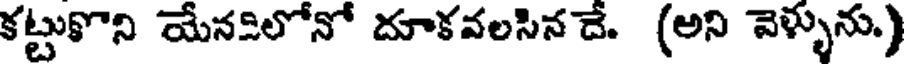
కట్టుకొని యేనకిలోనో దూకవలసిన దే. (అని వెళ్ళును)